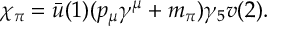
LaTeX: \chi _ { \pi } = \bar { u } ( 1 ) ( p _ { \mu } \gamma ^ { \mu } + m _ { \pi } ) \gamma _ { 5 } v ( 2 ) .